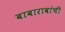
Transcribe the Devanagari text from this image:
बाबारावांची